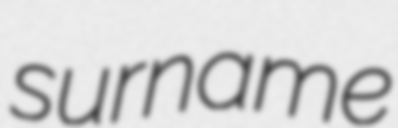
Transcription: surname